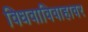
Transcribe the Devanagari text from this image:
विधवाविवाहावर